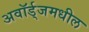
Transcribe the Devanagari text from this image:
अवॉर्ड्‌जमधील